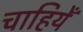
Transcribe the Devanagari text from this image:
चाहियेँ